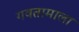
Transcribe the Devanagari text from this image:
गवतामाला